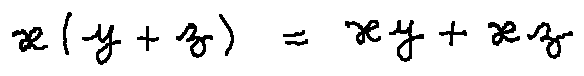
x ( y + z ) = x y + x z